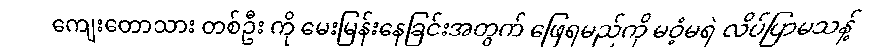
ကျေးတောသား တစ်ဦး ကို မေးမြန်းနေခြင်းအတွက် ဖြေရမည်ကို မဝံ့မရဲ လိပ်ပြာမသန့်